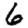
Digit: 6